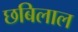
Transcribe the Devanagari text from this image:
छबिलाल